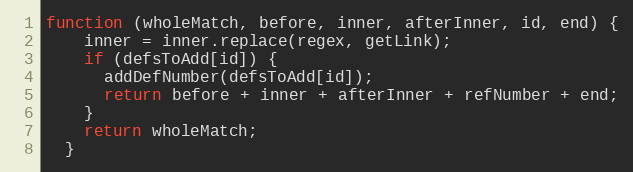
Language: JavaScript
function (wholeMatch, before, inner, afterInner, id, end) {
    inner = inner.replace(regex, getLink);
    if (defsToAdd[id]) {
      addDefNumber(defsToAdd[id]);
      return before + inner + afterInner + refNumber + end;
    }
    return wholeMatch;
  }